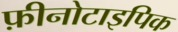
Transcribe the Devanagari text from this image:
फ़ीनोटाइपिक